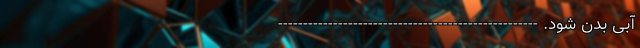
آبی بدن شود. ----------------------------------------------------